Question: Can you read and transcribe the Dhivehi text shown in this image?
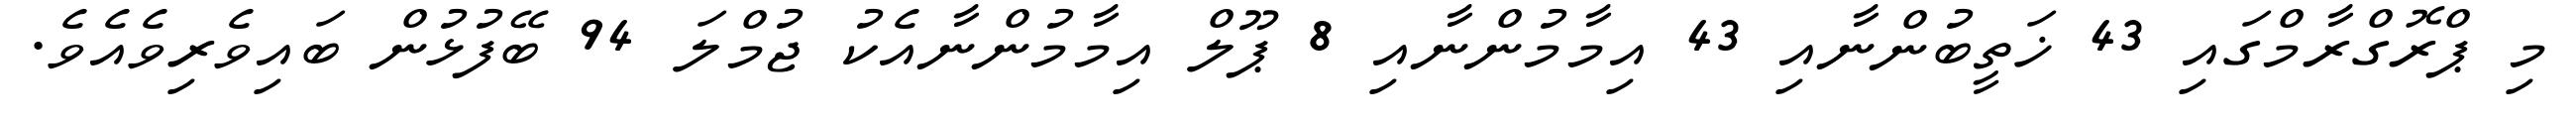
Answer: މި ޕްރޮގްރާމްގައި 43 ޚަތީބުންނާއި 43 އިމާމުންނާއި 8 ޕޫލް އިމާމުންނާއެކު ޖުމްލަ 94 ބޭފުޅުން ބައިވެރިވެއެވެ.